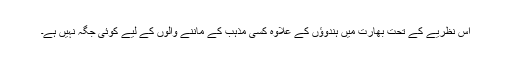
اس نظریے کے تحت بھارت میں ہندوؤں کے علاوہ کسی مذہب کے ماننے والوں کے لیے کوئی جگہ نہیں ہے۔